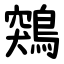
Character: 鶟